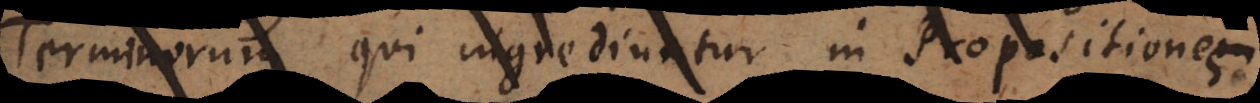
Terminorum qui ingrediuntur in Propositionem